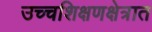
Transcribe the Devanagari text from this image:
उच्चशिक्षणक्षेत्रात